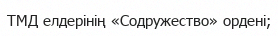
ТМД елдерінің «Содружество» ордені;